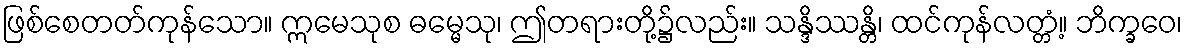
ဖြစ်စေတတ်ကုန်သော။ ဣမေသုစ ဓမ္မေသု၊ ဤတရားတို့၌လည်း။ သန္ဒိဿန္တိ၊ ထင်ကုန်လတ္တံ့။ ဘိက္ခဝေ၊